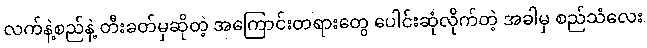
လက်နဲ့စည်နဲ့ တီးခတ်မှဆိုတဲ့ အကြောင်းတရားတွေ ပေါင်းဆုံလိုက်တဲ့ အခါမှ စည်သံလေး